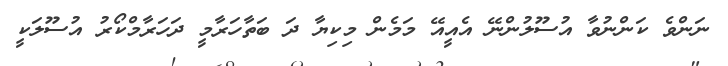
ނަންވެ ކަންނުވާ އުސޫލުންނޭ އެއީއޭ މަމެން މިކިޔާ ދަ ބަތާހަރާމީ ދަހަރާމްކޯރު އުސޫލަކީ